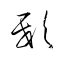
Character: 邸